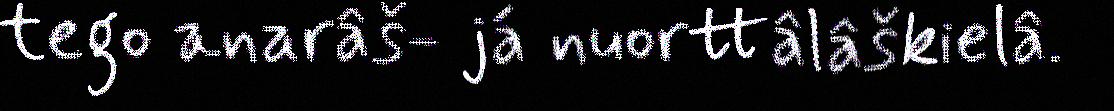
tego anarâš- já nuorttâlâškielâ.